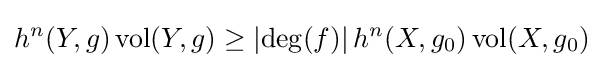
h^{n}(Y,g)\operatorname {vol} (Y,g)\geq \left|\deg(f)\right|h^{n}(X,g_{0})\operatorname {vol} (X,g_{0})